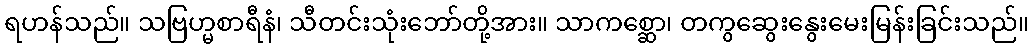
ရဟန်သည်။ သဗြဟ္မစာရီနံ၊ သီတင်းသုံးဘော်တို့အား။ သာကစ္ဆော၊ တကွဆွေးနွေးမေးမြန်းခြင်းသည်။